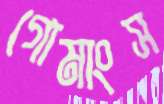
গোমাংস